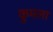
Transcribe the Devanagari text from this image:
कुमला